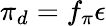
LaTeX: \pi_{d}=f_{\pi}\epsilon